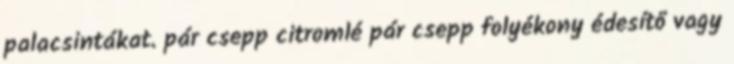
palacsintákat. pár csepp citromlé pár csepp folyékony édesítő vagy